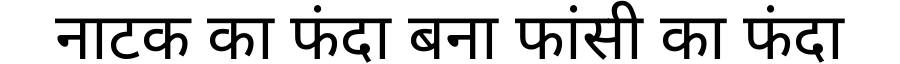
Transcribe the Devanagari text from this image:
नाटक का फंदा बना फांसी का फंदा